Vaccination in Bombay 1863-1868 - 1863-1868
Year: 1863
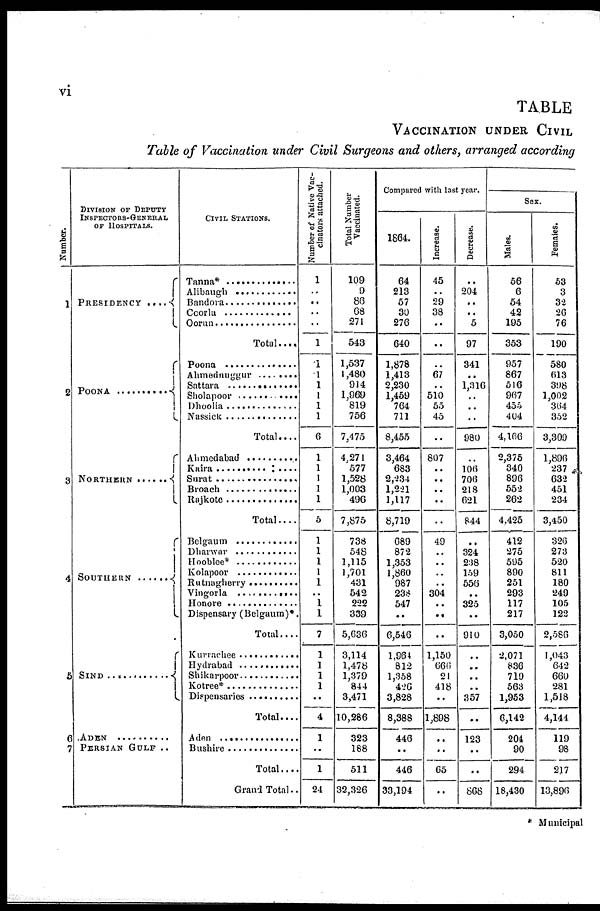
vi
TABLE
VACCINATION UNDER CIVIL
Table of Vaccination under Civil Surgeons and others, arranged according
Number.
1
2
3
4
5
6
7
DIVISION OF DEPUTY
INSPECTORS-GENERAL
OF HOSPITALS.
PRESIDENCY ....
POONA .......................
NORTHERN ..............
SOUTHERN .....................
SIND ..............................
ADEN .............................
PERSIAN GULF ..
CIVIL STATIONS.
Tanna* ...........................
Alibaugh ........................
Bandora ........................
Coorla ..........................
Oorun ..........................
Total....
Poona ............................
Ahmednuggur
...........
Sattara ..........................
Sholapoor ......................
Dhoolia ........................
Nassick ..........................
Total....
Ahmedabad ...................
Kaira .............................
Surat ..............................
Broach ...........................
Rajkote ..........................
Total .....
Belgaum .......................
Dharwar .......................
Hooblee* .....................
Kolapoor ......................
Rutnagherry .................
Vingorla ...................
Honore .........................
Dispensary (Belgaum)*.
Total....
Kurrachee ......................
Hydrabad .......................
Shikarpoor .....................
Kotree* ..........................
Dispensaries ..................
Total....
Aden ..............................
Bushire
............
Total....
Grand Total..
Number of Native Vac-
cinators attached.
1
..
..
..
..
1
1
1
1
1
1
1
6
1
1
1
1
1
5
1
1
1
1
1
..
1
1
7
1
1
1
1
..
4
1
..
1
24
Total Number
Vaccinated.
109
9
86
68
271
543
1,537
1,480
914
1,969
819
756
7,475
4,271
577
1,528
1,003
496
7,875
738
548
1,115
1,701
431
542
222
339
5,636
3,114
1,478
1,379
844
3,471
10,286
323
188
511
32,326
Compared with last year.
1864.
64
213
57
30
276
640
1,878
1,413
2,230
1,459
764
711
8,455
3,464
683
2,234
1,221
1,117
8,719
689
872
1,353
1,860
987
238
547
..
6,546
1,964
812
1,358
426
3,828
8,388
446
..
446
33,194
Increase.
45
..
29
38
..
..
..
67
..
510
55
45
..
807
..
..
..
..
..
49
..
..
..
..
304
..
..
..
1,150
666
21
418
..
1,898
..
..
65
..
Decrease.
..
204
..
.. 5
97
341
..
1,316
..
..
..
980
..
106
706
218
621
844
..
324
238
159
556
..
325
..
910
..
..
..
..
357
..
123
..
..
868
Sex.
Males.
56
6
54
42
195
353
957
867
516
967
455
404
4,166
2,375
340
896
552
262
4,425
412
275
595
890
251
293
117
217
3,050
2,071
836
719
563
1,953
6,142
204
90
294
18,430
Females.
53
3
32
26
76
190
580
613
398
1,002
364
352
3,309
1,896
237
632
451
234
3,450
326
273
520
811
180
249
105
122
2,586
1,043
642
660
281
1,518
4,144
119
98
217
13,896
* Municipal